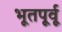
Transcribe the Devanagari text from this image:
भूतपूर्वू